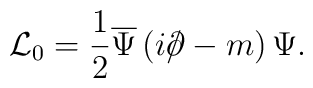
{\cal L}_0= \frac 1 2 \overline \Psi              \left ( i\rlap\slash\partial - m \right ) \Psi.